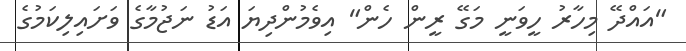
"އައްދޭ މިހާރު ހީވަނީ މަގޭ ރީން ހެން" އިވެމުންދިޔަ އަޑު ނަޖުމާގެ ވަށައިލިކަމުގެ